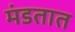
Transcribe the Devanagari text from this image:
मंडतात